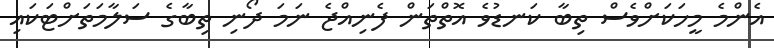
އެންމެ މީހަކަށްވެސް ތިބާ ކަނޑުވެ އޮތްތަން ފެނިއްޖެ ނަމަ ދޯނި ތިބާގެ ސަލާމަތަށްޓަކައި